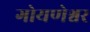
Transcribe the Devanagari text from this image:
गोयणेश्वर